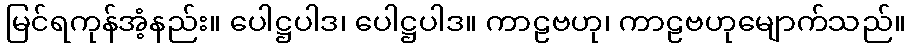
မြင်ရကုန်အံ့နည်း။ ပေါဋ္ဌပါဒ၊ ပေါဋ္ဌပါဒ။ ကာဠဗဟု၊ ကာဠဗဟုမျောက်သည်။